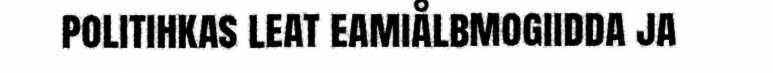
politihkas leat eamiålbmogiidda ja